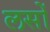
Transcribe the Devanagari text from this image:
लसों